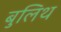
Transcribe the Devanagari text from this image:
बुलिथ